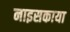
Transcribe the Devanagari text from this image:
नाइसकाया